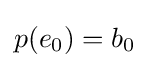
p(e_{0})=b_{0}